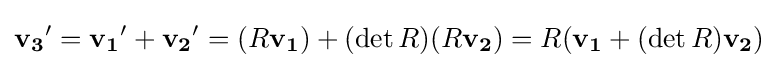
\mathbf {v_{3}} '=\mathbf {v_{1}} '+\mathbf {v_{2}} '=(R\mathbf {v_{1}} )+(\det R)(R\mathbf {v_{2}} )=R(\mathbf {v_{1}} +(\det R)\mathbf {v_{2}} )